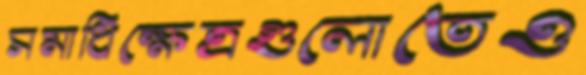
সমাধিক্ষেত্রগুলোতেও